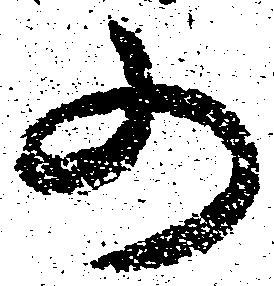
の